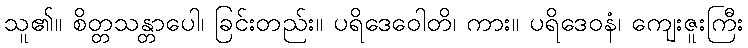
သူ၏။ စိတ္တသန္တာပေါ၊ ခြင်းတည်း။ ပရိဒေဝေါတိ၊ ကား။ ပရိဒေဝနံ၊ ကျေးဇူးကြီး